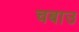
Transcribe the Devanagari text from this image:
चबाउ